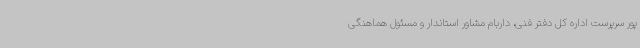
پور سرپرست اداره کل دفتر فنی، داربام مشاور استاندار و مسئول هماهنگی